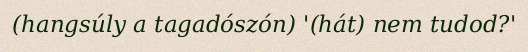
(hangsúly a tagadószón) '(hát) nem tudod?'